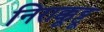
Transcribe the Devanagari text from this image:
निराक्कूट्टू